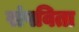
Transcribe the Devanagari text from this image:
संपविता